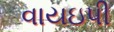
વાયઇપી